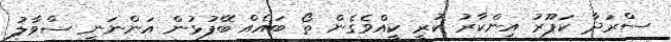
ސްރަދާ ކަޕޫރު އިންކާރު ކުރީ ކީއްވެގެން ތޯ ބައެއް ބޭފުޅުން އަންނަނީ ސްވާލު